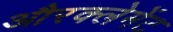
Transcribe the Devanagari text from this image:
औरक्लेमेंट